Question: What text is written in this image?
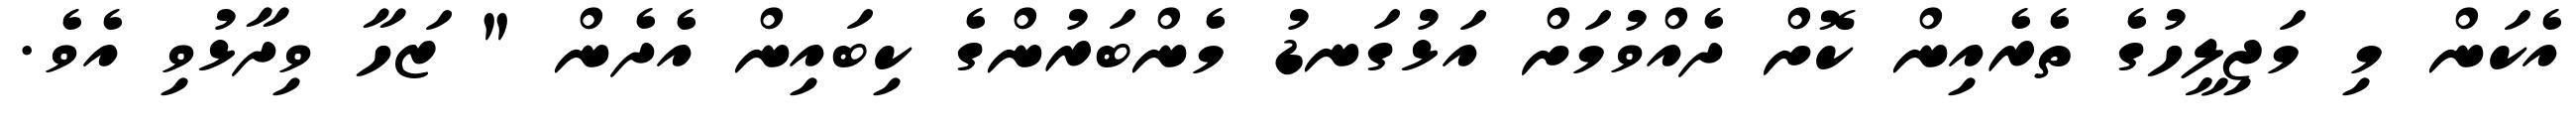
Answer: އެކަން މި މަޖިލީހުގެ ތެރެއިން ކޮށް ދެއްވުމަށް އަޅުގަނޑު މެންބަރުންގެ ކިބައިން އެދެން " ޒަހާ ވިދާޅުވި އެވެ.